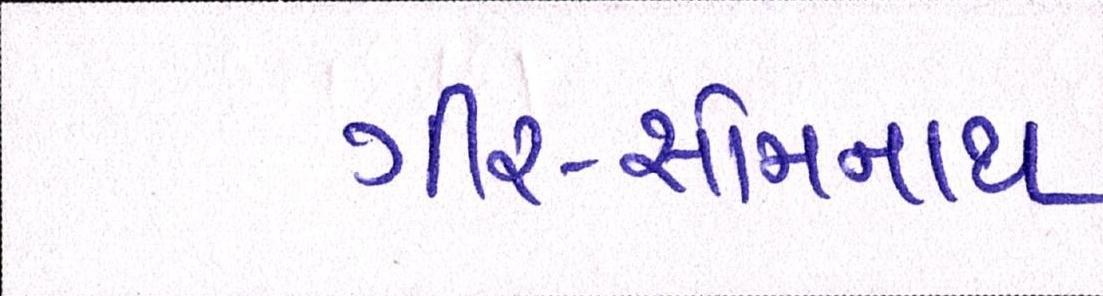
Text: ગીર-સોમનાથ